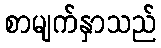
စာမျက်နှာသည်